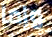
وإما